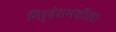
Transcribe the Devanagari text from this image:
निर्देशनशील।